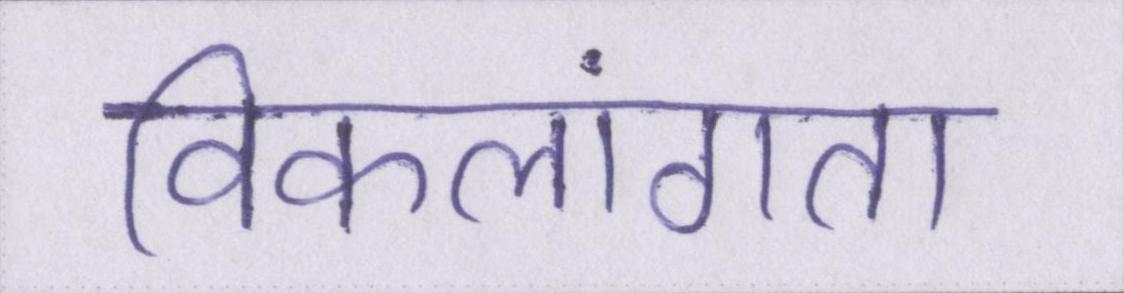
विकलांगता